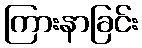
ကြားနာခြင်း